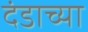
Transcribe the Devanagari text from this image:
दंडाच्या